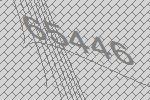
65446